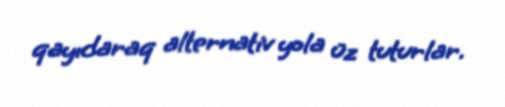
qayıdaraq alternativ yola üz tuturlar.